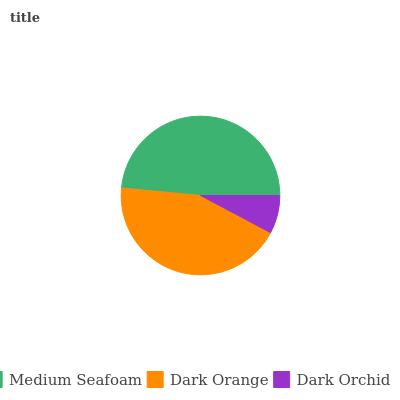
| Medium Seafoam | Dark Orange | Dark Orchid |
 | --- | --- | --- |
 | 48.5% | 43.7% | 7.76% |